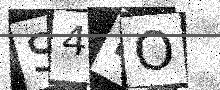
Text: S4FO